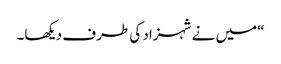
“میں نے شہزاد کی طرف دیکھا۔